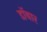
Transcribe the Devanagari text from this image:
डॉबार